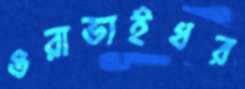
ওরাভাইধর